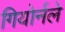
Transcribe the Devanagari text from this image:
गियोर्नले